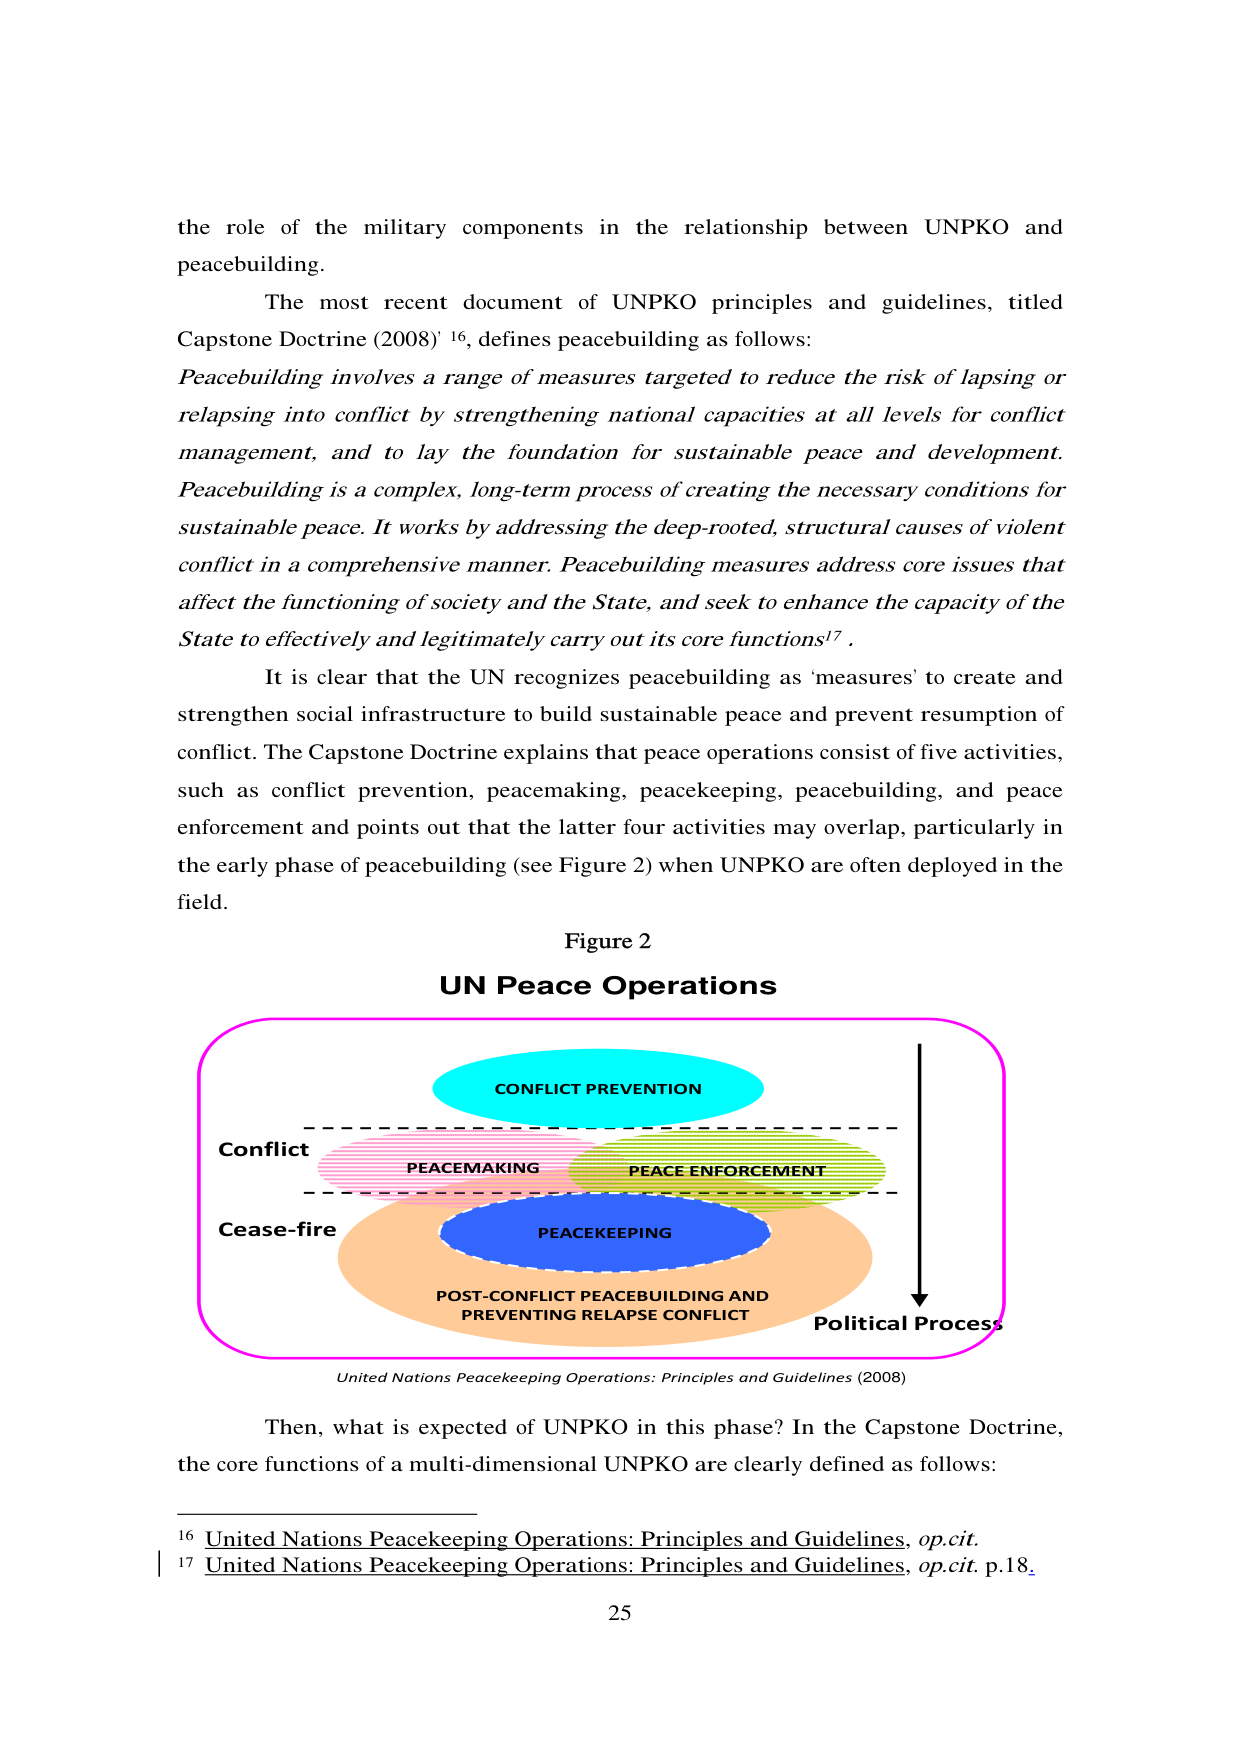
the role of the military components in the relationship between UNPKO and peacebuilding.

The most recent document of UNPKO principles and guidelines, titled Capstone Doctrine (2008)¹⁶, defines peacebuilding as follows:

Peacebuilding involves a range of measures targeted to reduce the risk of lapsing or relapsing into conflict by strengthening national capacities at all levels for conflict management, and to lay the foundation for sustainable peace and development. Peacebuilding is a complex, long-term process of creating the necessary conditions for sustainable peace. It works by addressing the deep-rooted, structural causes of violent conflict in a comprehensive manner. Peacebuilding measures address core issues that affect the functioning of society and the State, and seek to enhance the capacity of the State to effectively and legitimately carry out its core functions¹⁷.

It is clear that the UN recognizes peacebuilding as'measures' to create and strengthen social infrastructure to build sustainable peace and prevent resumption of conflict. The Capstone Doctrine explains that peace operations consist of five activities, such as conflict prevention, peacemaking, peacekeeping, peacebuilding, and peace enforcement and points out that the latter four activities may overlap, particularly in the early phase of peacebuilding (see Figure 2) when UNPKO are often deployed in the field.

Figure 2
UN Peace Operations

CONFLICT PREVENTION
Conflict
PEACEMAKING
PEACE ENFORCEMENT
Cease-fire
PEACEKEEPING
POST-CONFLICT PEACEBUILDING AND
PREVENTING RELAPSE CONFLICT
Political Process

United Nations Peacekeeping Operations: Principles and Guidelines (2008)

Then, what is expected of UNPKO in this phase? In the Capstone Doctrine, the core functions of a multi-dimensional UNPKO are clearly defined as follows:

¹⁶ United Nations Peacekeeping Operations: Principles and Guidelines, op.cit.
¹⁷ United Nations Peacekeeping Operations: Principles and Guidelines, op.cit. p.18.

25